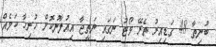
ބުނިތާ 48 ގަޑިއިރު ތެރޭ ވޯޓު ނަގައި ނަތީޖާ އިއުލާނުކޮށް ހުރިހާ ކަމެއް